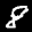
Label: 8